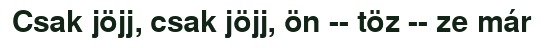
Csak jöjj, csak jöjj, ön -- töz -- ze már